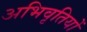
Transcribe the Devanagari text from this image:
अभिवृतियों